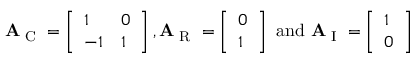
\begin{array} { r } { \mathbf { A } _ { \textrm { C } } = \left[ \begin{array} { l l } { 1 } & { 0 } \\ { - 1 } & { 1 } \end{array} \right] , \mathbf { A } _ { \textrm { R } } = \left[ \begin{array} { l } { 0 } \\ { 1 } \end{array} \right] \mathrm { ~ a n d ~ } \mathbf { A } _ { \textrm { I } } = \left[ \begin{array} { l } { 1 } \\ { 0 } \end{array} \right] } \end{array}